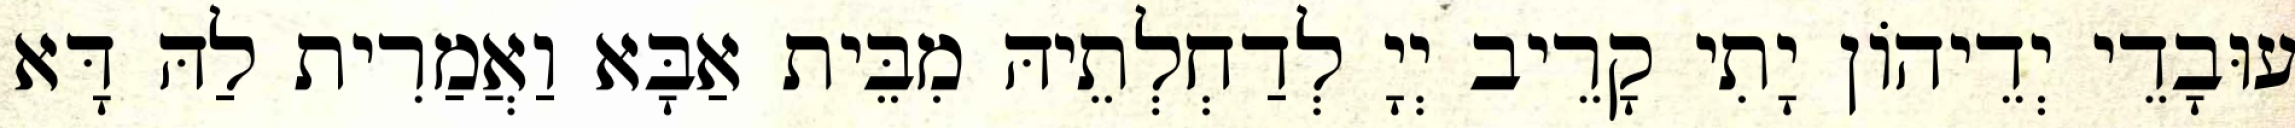
עוּבָדֵי יְדֵיהוֹן יָתִי קָרֵיב יְיָ לְדַחְלְתֵיהּ מִבֵּית אַבָּא וַאֲמַרִית לַהּ דָּא